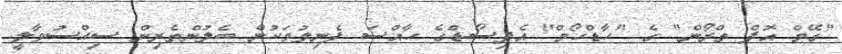
"ގޭމް އޮފް ތްރޯން" ގެ "ހާޑްހޯމް" އެޕިސޯޑްގެ ހާއްސަ ފެނިލުމަކުން ބެލުންތެރިން ސިއްސުވާލީ